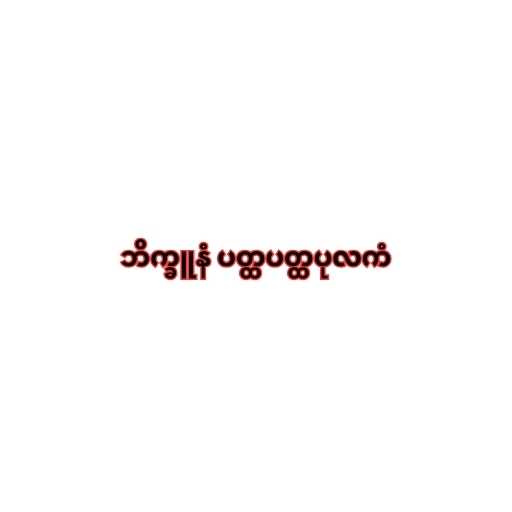
ဘိက္ခူနံ ပတ္ထပတ္ထပုလကံ